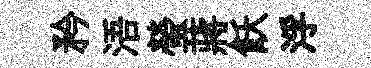
矜浯螢蔣飫浮